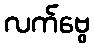
လက်ဗွေ